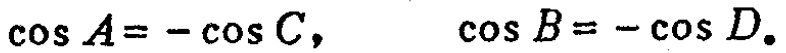
\(\cos A=-\cos C,\quad \cos B = -\cos D.\)